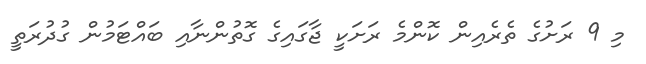
މި 9 ރަށުގެ ތެރެއިން ކޮންމެ ރަށަކީ ޖާގައިގެ ގޮތުންނާއި ބައްޓަމުން ގުދުރަތީ